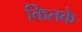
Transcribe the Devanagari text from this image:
कितके